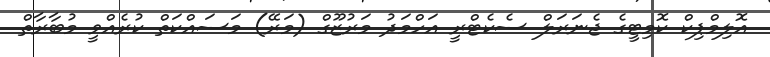
އޮލިމްޕިކް ކޮމިޓީގެ ޖެނަރަލް ސެކެޓްރީ އަހްމަދު މަރުޒޫގް (މަރޭ) މަސައްކަތް ކުރެއްވީ މުބާރާތް